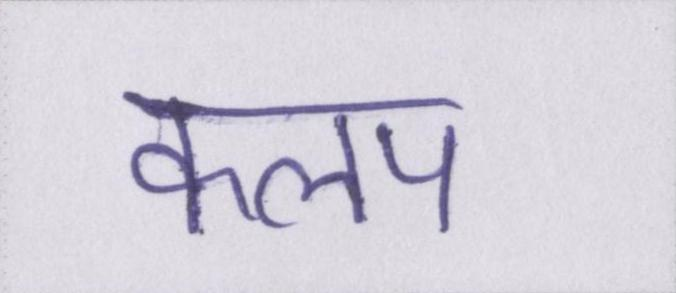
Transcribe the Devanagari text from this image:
कलप